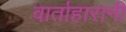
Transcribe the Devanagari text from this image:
वार्ताहारानी